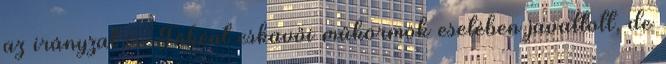
az irányzat is. Főként esküvői műkörmök esetében javallott, de